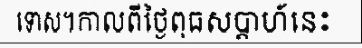
ទោស។កាលពីថ្ងៃពុធសប្តាហ៍នេះ